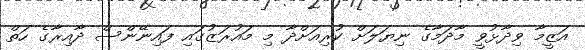
އަޒީމާ ވިދާޅުވީ މާދަމާގެ ނިޔަލަށް ކުރިއަށްދާ މި މައުރަޒުގައި ފައިނޭންސް ދާއިރާގެ ހަތް